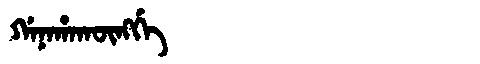
Manchu: ᡤᠠᠨᠠᡥᠠᡴᡡᠩᡤᡝ
Romanization: GANAHAKŪNGGE